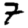
Digit: 7